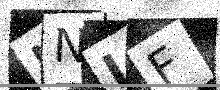
Text: NNIF